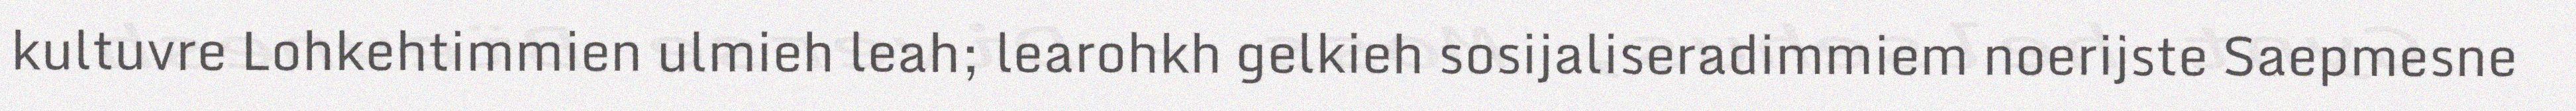
kultuvre Lohkehtimmien ulmieh leah; learohkh gelkieh sosijaliseradimmiem noerijste Saepmesne